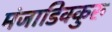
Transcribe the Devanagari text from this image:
मंजाडिक्कुरु